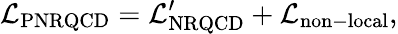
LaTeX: {\cal L}_{\mathrm{PNRQCD}}={\cal L}_{\mathrm{NRQCD}}^{\prime}+{\cal L}_{\mathrm{non-local}},